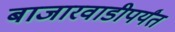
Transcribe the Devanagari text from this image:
बाजारवाडीपर्यंत